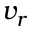
v _ { r }